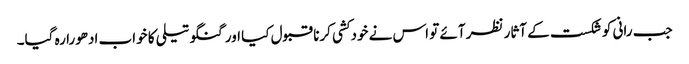
جب رانی کو شکست کے آثار نظر آئے تو اس نے خودکشی کرنا قبول کیا اور گنگو تیلی کا خواب ادھورا رہ گیا۔